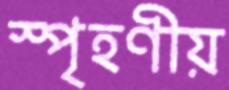
স্পৃহণীয়